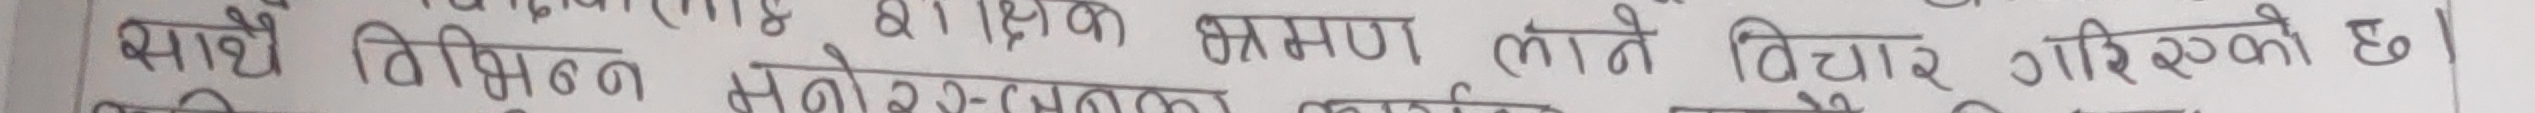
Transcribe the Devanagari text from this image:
साथै विभिन्न शैक्षिक भ्रमणमा लाने विचार गरिएको छ ।